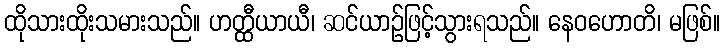
ထိုသားထိုးသမားသည်။ ဟတ္ထီယာယီ၊ ဆင်ယာဉ်ဖြင့်သွားရသည်။ နေဝဟောတိ၊ မဖြစ်။